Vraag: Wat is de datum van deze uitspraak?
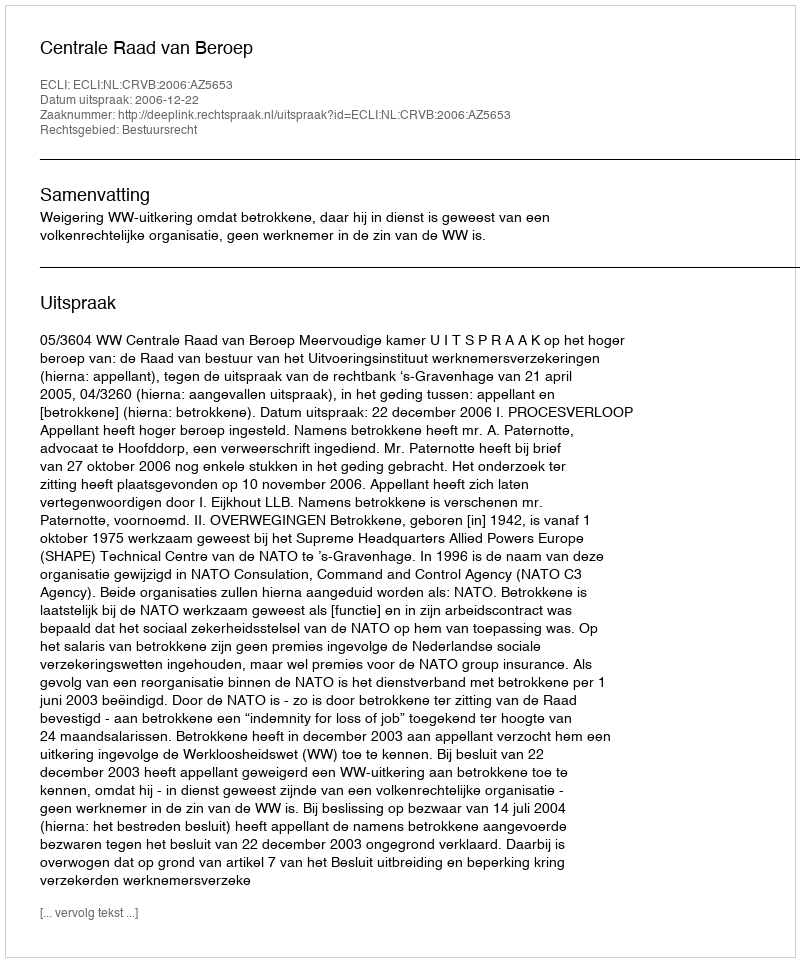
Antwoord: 2006-12-22